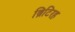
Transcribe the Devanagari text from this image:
ब्रिटिरह